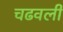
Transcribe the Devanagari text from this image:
चढवली